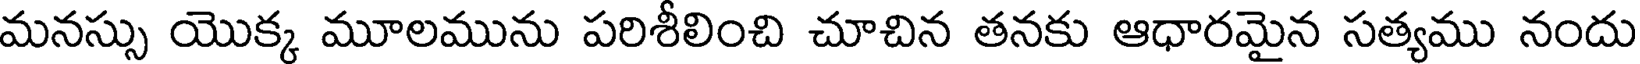
మనస్సు యొక్క మూలమును పరిశీలించి చూచిన తనకు ఆధారమైన సత్యము నందు